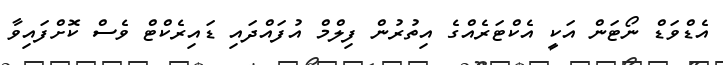
އެޑްވަޑް ނޯޓަން އަކީ އެކްޓަރެއްގެ އިތުރުން ފިލްމް އުފައްދައި ޑައިރެކްޓް ވެސް ކޮށްފައިވާ